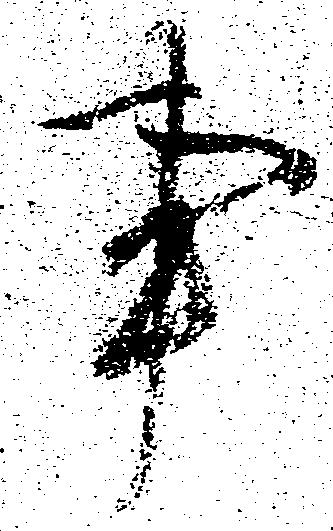
事